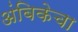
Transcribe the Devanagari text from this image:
अंबिकेचा